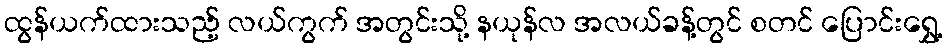
ထွန်ယက်ထားသည့် လယ်ကွက် အတွင်းသို့ နယုန်လ အလယ်ခန့်တွင် စတင် ပြောင်းရွှေ့